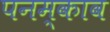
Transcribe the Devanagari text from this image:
पनम्काव